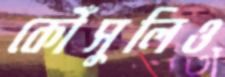
কৌঁসুলিও